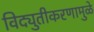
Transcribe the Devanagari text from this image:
विद्युतीकरणामुळे